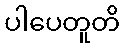
ပါပေတူတိ